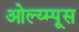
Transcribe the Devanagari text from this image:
ओल्य्म्पूस